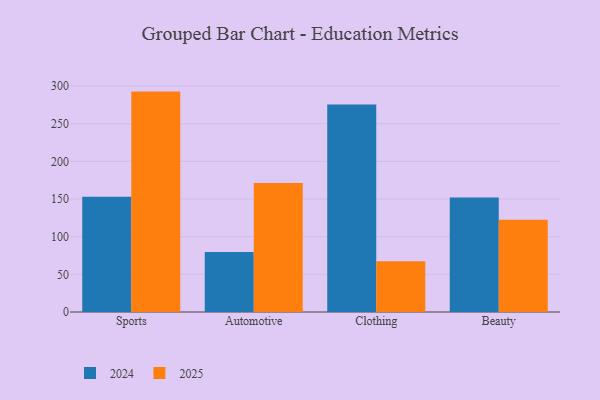
{"axis": {"x": "Category", "y": "Budget (USD K)"}, "legend": ["2024", "2025"], "data": [{"x": "Sports", "y": 152.9, "type": "2024"}, {"x": "Sports", "y": 292.6, "type": "2025"}, {"x": "Automotive", "y": 79.7, "type": "2024"}, {"x": "Automotive", "y": 171.4, "type": "2025"}, {"x": "Clothing", "y": 275.4, "type": "2024"}, {"x": "Clothing", "y": 67.3, "type": "2025"}, {"x": "Beauty", "y": 151.9, "type": "2024"}, {"x": "Beauty", "y": 122.5, "type": "2025"}]}